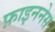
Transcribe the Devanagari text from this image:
फ़ाइननेस